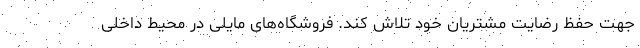
جهت حفظ رضایت مشتریان خود تلاش کند. فروشگاه‌های مایلی در محیط داخلی